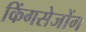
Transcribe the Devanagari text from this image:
किंगसेजोंग